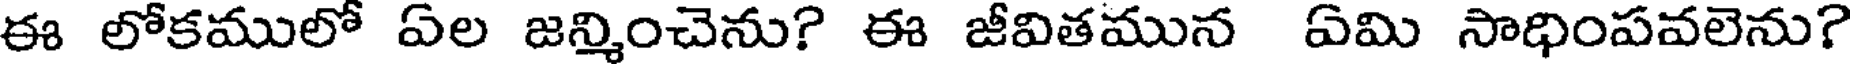
ఈ లోకములో ఏల జన్మించెను? ఈ జీవితమున ఏమి సాధింపవలెను?